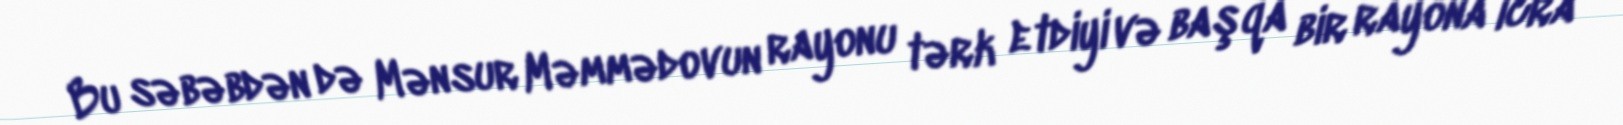
Bu səbəbdən də Mənsur Məmmədovun rayonu tərk etdiyi və başqa bir rayona icra